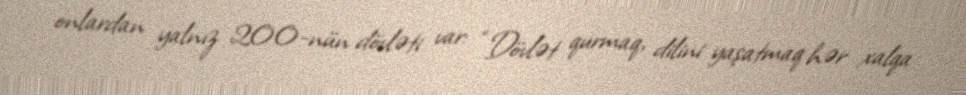
onlardan yalnız 200-nün dövləti var: “Dövlət qurmaq, dilini yaşatmaq hər xalqa